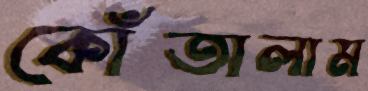
কোঁতালাম